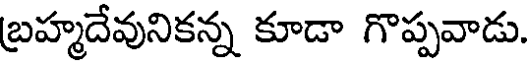
బ్రహ్మదేవునికన్న కూడా గొప్పవాడు.